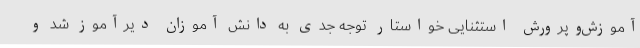
آموزش‌وپرورش استثنایی خواستار توجه جدی به دانش آموزان دیرآموز شد و